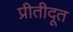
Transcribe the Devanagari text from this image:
प्रीतीदूत